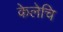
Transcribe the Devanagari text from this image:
केलेचि